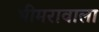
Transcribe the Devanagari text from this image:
भीमरावाला